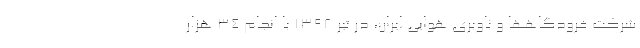
شرکت فرودگاهها و ناوبری هوایی ایران، در تیر ۱۳۹۸ با انجام ۳۴ هزار